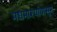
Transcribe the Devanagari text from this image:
मधमाश्यांपासून